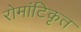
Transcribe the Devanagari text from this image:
रोमांटिकृत